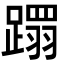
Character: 𮜍